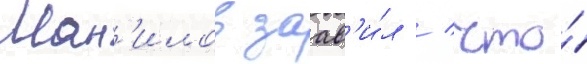
Ман'илов заав'и́л / что́